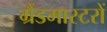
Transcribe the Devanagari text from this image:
ग्रैंडमास्टरों